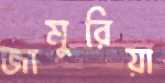
জামুরিয়া